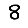
Digit: 8